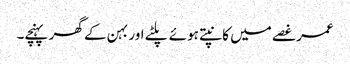
عمر غصے میں کانپتے ہوئے پلٹے اور بہن کے گھر پہنچے۔